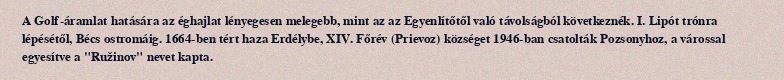
A Golf-áramlat hatására az éghajlat lényegesen melegebb, mint az az Egyenlítőtől való távolságból következnék. I. Lipót trónra lépésétől, Bécs ostromáig. 1664-ben tért haza Erdélybe, XIV. Főrév (Prievoz) községet 1946-ban csatolták Pozsonyhoz, a várossal egyesítve a "Ružinov" nevet kapta.